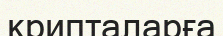
крипталарға